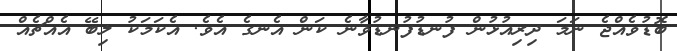
ބޮޑުވެއްޖެ ނަމަ ދިރިއުޅުން ފުނޑުފުނޑުވާނެ ކަން އެނގެ އެވެ. އެކަަމަކު ލިބޭ އެއްޗެއް